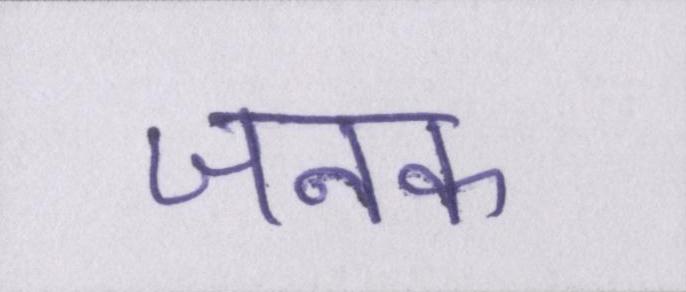
जनक